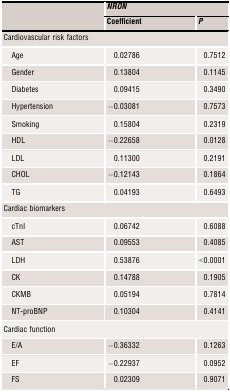
<table><thead><tr><td rowspan="2"></td><td colspan="2"><b><i>NRON</i></b></td></tr><tr><td><b>Coefficient</b></td><td><b><i>P</i></b></td></tr></thead><tbody><tr><td colspan="3">Cardiovascular risk factors</td></tr><tr><td>Age</td><td>0.02786</td><td>0.7512</td></tr><tr><td>Gender</td><td>0.13804</td><td>0.1145</td></tr><tr><td>Diabetes</td><td>0.09415</td><td>0.3490</td></tr><tr><td>Hypertension</td><td>−0.03081</td><td>0.7573</td></tr><tr><td>Smoking</td><td>0.15804</td><td>0.2319</td></tr><tr><td>HDL</td><td>−0.22658</td><td>0.0128</td></tr><tr><td>LDL</td><td>0.11300</td><td>0.2191</td></tr><tr><td>CHOL</td><td>−0.12143</td><td>0.1864</td></tr><tr><td>TG</td><td>0.04193</td><td>0.6493</td></tr><tr><td colspan="3">Cardiac biomarkers</td></tr><tr><td>cTnI</td><td>0.06742</td><td>0.6088</td></tr><tr><td>AST</td><td>0.09553</td><td>0.4085</td></tr><tr><td>LDH</td><td>0.53876</td><td>&lt;0.0001</td></tr><tr><td>CK</td><td>0.14788</td><td>0.1905</td></tr><tr><td>CKMB</td><td>0.05194</td><td>0.7814</td></tr><tr><td>NT‐proBNP</td><td>0.10304</td><td>0.4141</td></tr><tr><td colspan="3">Cardiac function</td></tr><tr><td>E/A</td><td>−0.36332</td><td>0.1263</td></tr><tr><td>EF</td><td>−0.22937</td><td>0.0952</td></tr><tr><td>FS</td><td>0.02309</td><td>0.9071</td></tr></tbody></table>